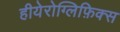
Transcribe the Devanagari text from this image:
हीयेरोग्लिफ़िक्स